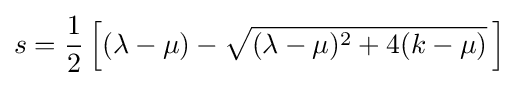
s={\frac {1}{2}}\left[(\lambda -\mu )-{\sqrt {(\lambda -\mu )^{2}+4(k-\mu )}}\,\right]